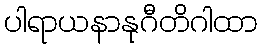
ပါရာယနာနုဂီတိဂါထာ